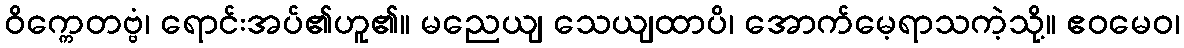
ဝိက္ကေတဗ္ဗံ၊ ရောင်းအပ်၏ဟူ၏။ မညေယျ သေယျထာပိ၊ အောက်မေ့ရာသကဲ့သို့။ ဧဝမေဝ၊